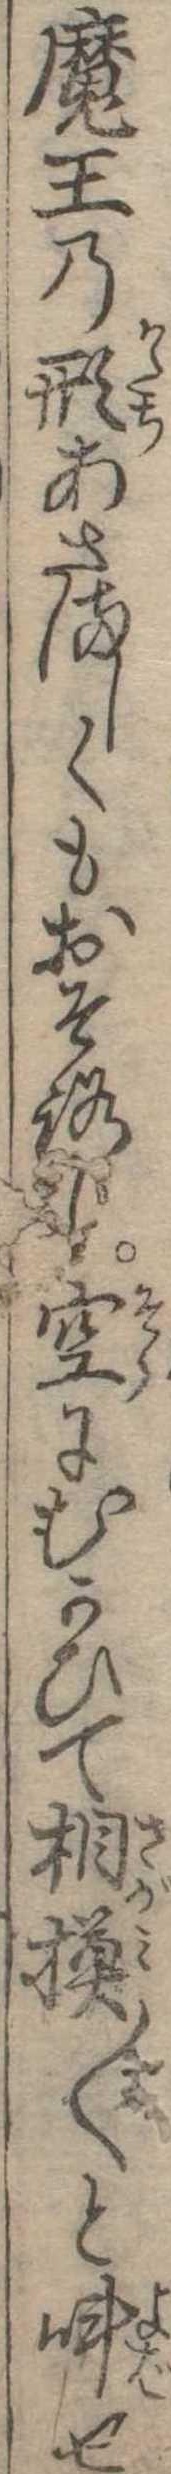
魔王の形あさましくもおそろし空にむかひて相摸〱と叫せ